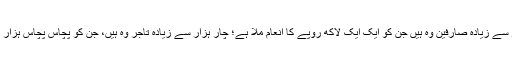
اس منصوبہ کے تحت سو سے زیادہ صارفین وہ ہیں جن کو ایک ایک لاکھ روپے کا انعام ملا ہے؛ چار ہزار سے زیادہ تاجر وہ ہیں، جن کو پچاس پچاس ہزار روپے کے انعام ملے ہیں۔